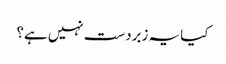
کیا یہ زبردست نہیں ہے؟